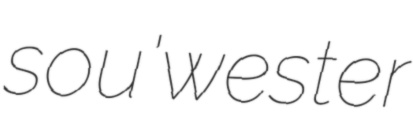
sou'wester